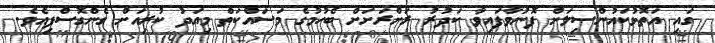
ގައި އަތޮޅުކައުންސިލަށް ފޮނުވާފައިވާ ކަދުރު ރަށްރަށަށް ބެހުމުގެ މަސައްކަތް މިއަދު ކުރިއަށް ގެންގޮސްފިއެވެ.